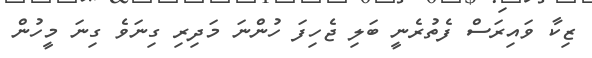
ޒިކާ ވައިރަސް ފެތުރެނީ ބަލި ޖެހިފަ ހުންނަ މަދިރި ގިނަވެ ގިނަ މީހުން